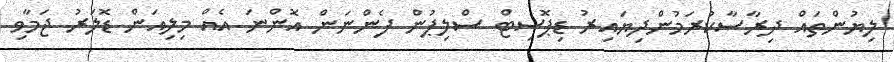
ލިޔުންތައް ދިރާސާކުރަމުންދިޔައިރު ޑިޕޮސިޓް ސްލިޕުން ފެންނަން އޮންނަ އެއް މިލިއަން ޑޮލަރު ޖަމާވި